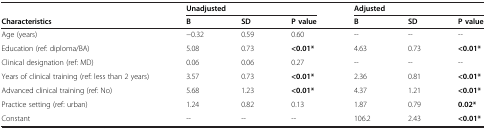
<table><thead><tr><td></td><td colspan="3"><b>Unadjusted</b></td><td colspan="3"><b>Adjusted</b></td></tr><tr><td><b>Characteristics</b></td><td><b>B</b></td><td><b>SD</b></td><td><b>P value</b></td><td><b>B</b></td><td><b>SD</b></td><td><b>P value</b></td></tr></thead><tbody><tr><td>Age (years)</td><td>−0.32</td><td>0.59</td><td>0.60</td><td>--</td><td>--</td><td>--</td></tr><tr><td>Education (ref: diploma/BA)</td><td>5.08</td><td>0.73</td><td><b>&lt;0.01*</b></td><td>4.63</td><td>0.73</td><td><b>&lt;0.01*</b></td></tr><tr><td>Clinical designation (ref: MD)</td><td>0.06</td><td>0.06</td><td>0.27</td><td>--</td><td>--</td><td>--</td></tr><tr><td>Years of clinical training (ref: less than 2 years)</td><td>3.57</td><td>0.73</td><td><b>&lt;0.01*</b></td><td>2.36</td><td>0.81</td><td><b>&lt;0.01*</b></td></tr><tr><td>Advanced clinical training (ref: No)</td><td>5.68</td><td>1.23</td><td><b>&lt;0.01*</b></td><td>4.37</td><td>1.21</td><td><b>&lt;0.01*</b></td></tr><tr><td>Practice setting (ref: urban)</td><td>1.24</td><td>0.82</td><td>0.13</td><td>1.87</td><td>0.79</td><td><b>0.02*</b></td></tr><tr><td>Constant</td><td>--</td><td>--</td><td>--</td><td>106.2</td><td>2.43</td><td><b>&lt;0.01*</b></td></tr></tbody></table>